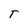
Character: T